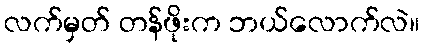
လက်မှတ် တန်ဖိုးက ဘယ်လောက်လဲ။